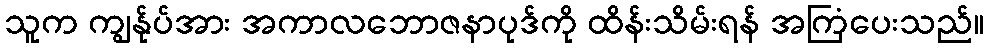
သူက ကျွန်ုပ်အား အကာလဘောဇနာပုဒ်ကို ထိန်းသိမ်းရန် အကြံပေးသည်။